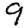
Digit: 9